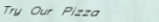
Try Our Pizza